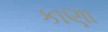
કાણા